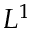
L ^ { 1 }